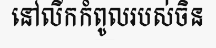
នៅលីកកំពូលរបស់ចិន